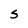
Character: S